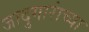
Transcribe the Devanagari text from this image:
जादुगारांच्या